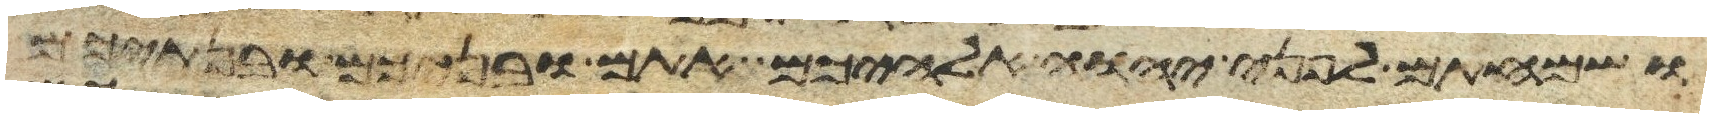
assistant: ושמחתם לפני יהוה אלהיכם אתם ובניכם ובנתיכם